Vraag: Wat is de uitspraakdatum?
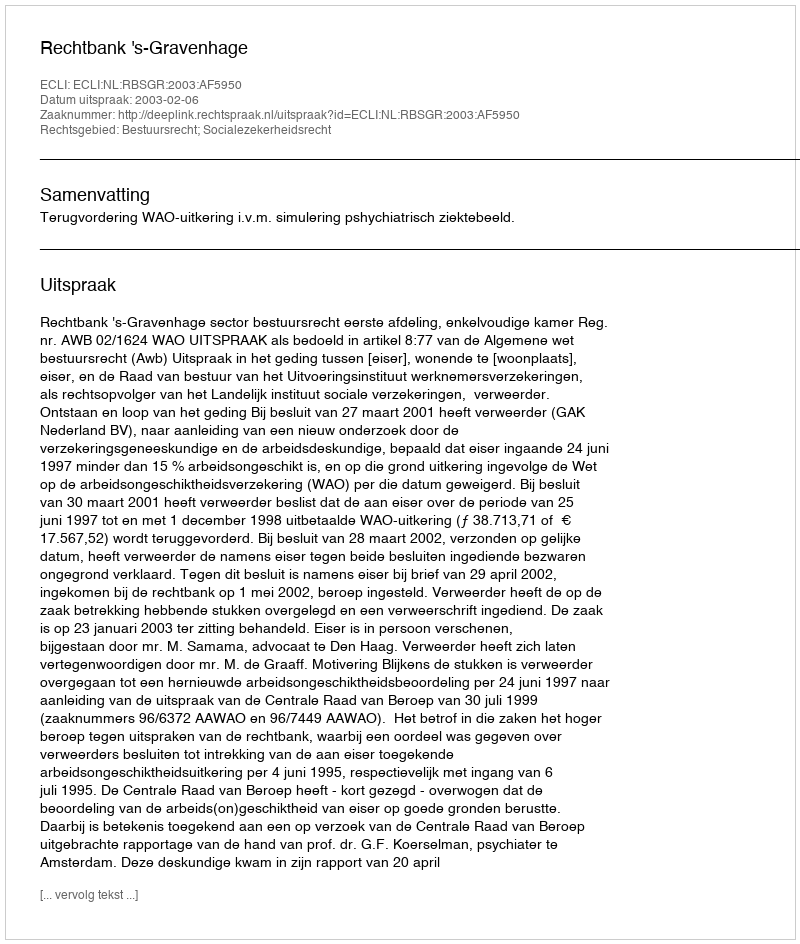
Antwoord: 2003-02-06